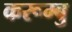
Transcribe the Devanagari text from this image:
करूम्बु